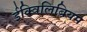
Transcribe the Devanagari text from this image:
ईक्विलिब्रियम